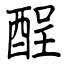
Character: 酲